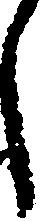
し